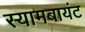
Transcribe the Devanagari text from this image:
स्‍यामबायंट